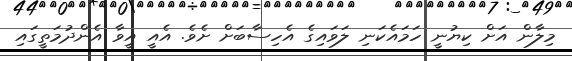
މިލާން އަށް ކިޔުނީ ހަމައެކަނި ލަވައިގެ އެހިސާބަށް ށެވެ. އެއީ އީވާ އެންދުމަތީގައިި